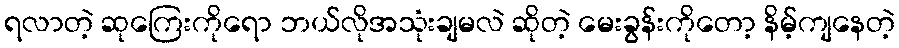
ရလာတဲ့ ဆုကြေးကိုရော ဘယ်လိုအသုံးချမလဲ ဆိုတဲ့ မေးခွန်းကိုတော့ နိမ့်ကျနေတဲ့